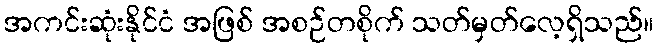
အကင်းဆုံးနိုင်ငံ အဖြစ် အစဉ်တစိုက် သတ်မှတ်လေ့ရှိသည်။